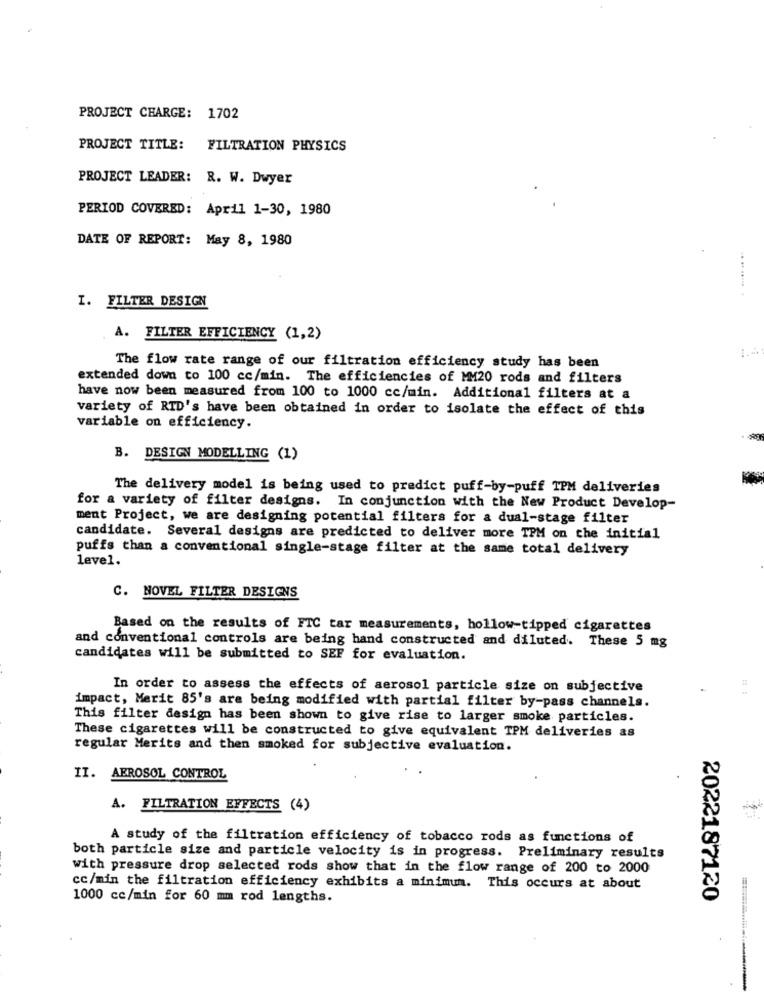
PROJECT CHARGE: 1702
PROJECT TITLE: FILTRATION PHYSICS
PROJECT LEADER: R. W. Dwyer
PERIOD COVERED: April 1-30, 1980
DATE OF REPORT: May 8, 1980
I. FILTER DESIGN
.. .. ..... .
A. FILTER EFFICIENCY (1,2)
1.4
The flow rate range of our filtration efficiency study has been
extended down to 100 cc/min. The efficiencies of MM20 rods and filters
have now been measured from 100 to 1000 cc/min. Additional filters at a
variety of RID's have been obtained in order to isolate the effect of this
variable on efficiency.
B. DESIGN MODELLING (1)
The delivery model is being used to predict puff-by-puff TPM deliveries
for a variety of filter designs. In conjunction with the New Product Develop-
ment Project, we are designing potential filters for a dual-stage filter
candidate. Several designs are predicted to deliver more TPM on the initial
puffs than a conventional single-stage filter at the same total delivery
level.
C. NOVEL FILTER DESIGNS
Based on the results of FTC tar measurements, hollow-tipped cigarettes
and conventional controls are being hand constructed and diluted. These 5 mg
candidates will be submitted to SEF for evaluation.
In order to assess the effects of aerosol particle size on subjective
impact, Merit 85's are being modified with partial filter by-pass channels.
This filter design has been shown to give rise to larger smoke particles.
These cigarettes will be constructed to give equivalent TPM deliveries as
regular Merits and then smoked for subjective evaluation.
II. AEROSOL CONTROL
A. FILTRATION EFFECTS (4)
A study of the filtration efficiency of tobacco rods as functions of
both particle size and particle velocity is in progress. Preliminary results
with pressure drop selected rods show that in the flow range of 200 to 2000
cc/min the filtration efficiency exhibits a minimum. This occurs at about
1000 cc/min for 60 mm rod lengths.
2022187120